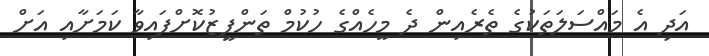
އަދި އެ މައްސަލަތަކުގެ ތެރެއިން ދެ މީހެއްގެ ހުކުމް ތަންފީޒުކޮށްފައިވާ ކަމަށާއި އަށް